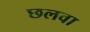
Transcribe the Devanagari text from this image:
छलवा